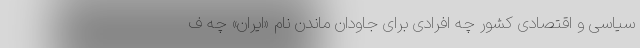
سیاسی و اقتصادی کشور چه افرادی برای جاودان ماندن نام «ایران» چه ف